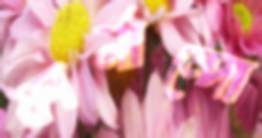
ফার্নান্দো